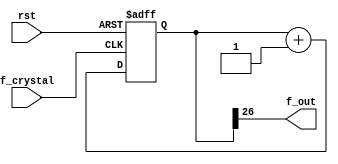
`timescale 1ns / 1ps
//////////////////////////////////////////////////////////////////////////////////
// Company: 
// Engineer: 
// 
// Design Name: 
// Module Name: Lab03_1
// Project Name: 
// Target Devices: 
// Tool Versions: 
// Description: 
// 
// Dependencies: 
// 
// Revision:
// Revision 0.01 - File Created
// Additional Comments:
// 
//////////////////////////////////////////////////////////////////////////////////


module Lab03_1(
    input  f_crystal,
    input  rst,
    output f_out
    );
    reg  [26:0] cnt;
    reg  [26:0] cnt_tmp;
    
    assign f_out = cnt[26];
    
    always@(cnt)
        cnt_tmp = cnt + 1'b1;
        
    always@(posedge f_crystal or posedge rst)
        if(rst)
            cnt <= 27'b0;
        else
            cnt <= cnt_tmp;
endmodule